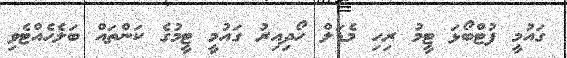
ގައުމީ ފުޓްބޯޅަ ޓީމު ރިހި މެޑަލް ހޯދިއިރު ގައުމީ ޓީމުގެ ކަންތައް ބަލެހެއްޓެވި